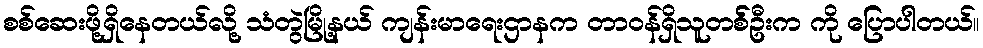
စစ်ဆေးဖို့ရှိနေတယ်လို့ သံတွဲမြို့နယ် ကျန်းမာရေးဌာနက တာဝန်ရှိသူတစ််ဦးက ကို ပြောပါတယ်။